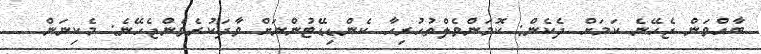
ބާއްވަން ޖެހޭނެ ކަމަށް ދެކެން: ކޮމަންވެލްތުހުރިހާ ކެންޑިޑޭޓުންނަށް ވާދަކުރެވެންޖެހޭނެ: މެކިނަން